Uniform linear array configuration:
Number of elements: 8
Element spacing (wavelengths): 0.75
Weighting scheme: hann
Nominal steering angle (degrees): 15
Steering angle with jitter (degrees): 13.148
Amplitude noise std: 0.05
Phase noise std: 0.05

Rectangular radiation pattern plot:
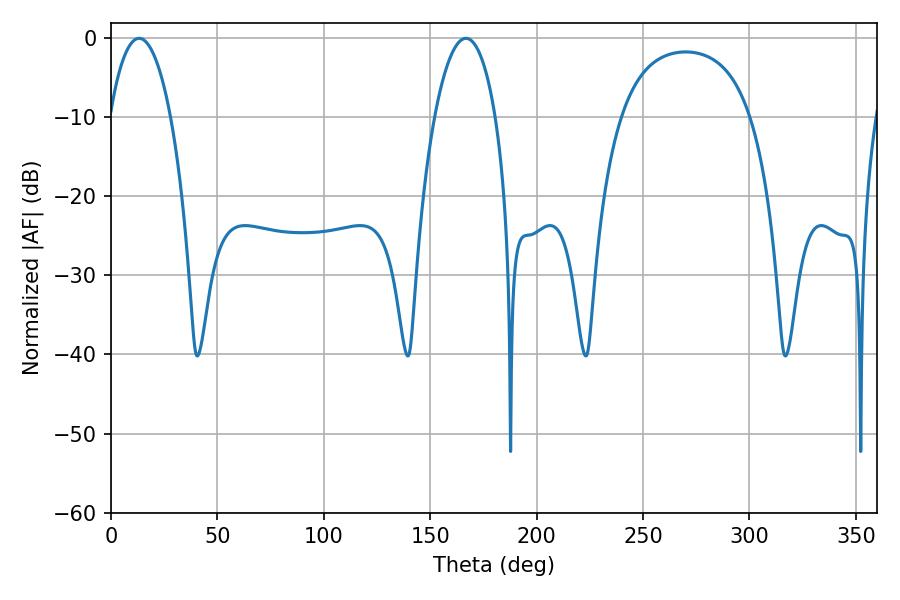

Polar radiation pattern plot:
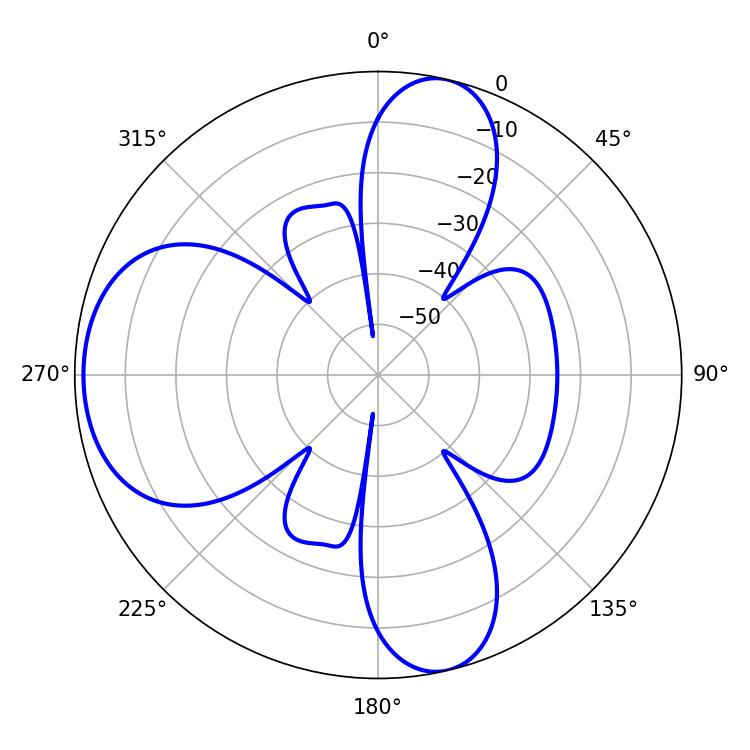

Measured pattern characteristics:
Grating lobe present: TRUE
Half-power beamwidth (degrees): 16.02
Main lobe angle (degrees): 13.14